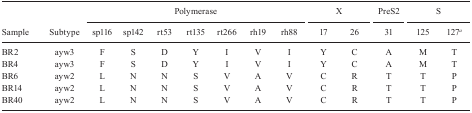
<table><thead><tr><td></td><td></td><td colspan="7"><b> Polymerase</b></td><td></td><td colspan="2"><b> X</b></td><td></td><td><b> PreS2</b></td><td></td><td colspan="2"><b> S</b></td></tr><tr><td><b>Sample </b></td><td><b>Subtype </b></td><td><b> sp116</b></td><td><b> sp142</b></td><td><b> rt53</b></td><td><b> rt135</b></td><td><b> rt266</b></td><td><b> rh19</b></td><td><b> rh88</b></td><td></td><td><b> 17</b></td><td><b> 26</b></td><td></td><td><b> 31</b></td><td></td><td><b> 125</b></td><td><b> 127<sup><i>a</i></sup></b></td></tr></thead><tbody><tr><td> BR2</td><td>ayw3</td><td>F</td><td>S</td><td>D</td><td>Y</td><td>I</td><td>V</td><td>I</td><td></td><td>Y</td><td>C</td><td></td><td>A</td><td></td><td>M</td><td>T</td></tr><tr><td> BR4</td><td>ayw3</td><td>F</td><td>S</td><td>D</td><td>Y</td><td>I</td><td>V</td><td>I</td><td></td><td>Y</td><td>C</td><td></td><td>A</td><td></td><td>M</td><td>T</td></tr><tr><td> BR6</td><td>ayw2</td><td>L</td><td>N</td><td>N</td><td>S</td><td>V</td><td>A</td><td>V</td><td></td><td>C</td><td>R</td><td></td><td>T</td><td></td><td>T</td><td>P</td></tr><tr><td> BR14</td><td>ayw2</td><td>L</td><td>N</td><td>N</td><td>S</td><td>V</td><td>A</td><td>V</td><td></td><td>C</td><td>R</td><td></td><td>T</td><td></td><td>T</td><td>P</td></tr><tr><td> BR40</td><td>ayw2</td><td>L</td><td>N</td><td>N</td><td>S</td><td>V</td><td>A</td><td>V</td><td></td><td>C</td><td>R</td><td></td><td>T</td><td></td><td>T</td><td>P</td></tr></tbody></table>